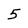
Character: 5